Insane asylums in Bengal annual reports 1867-1875 - 1867-1875
Year: 1867
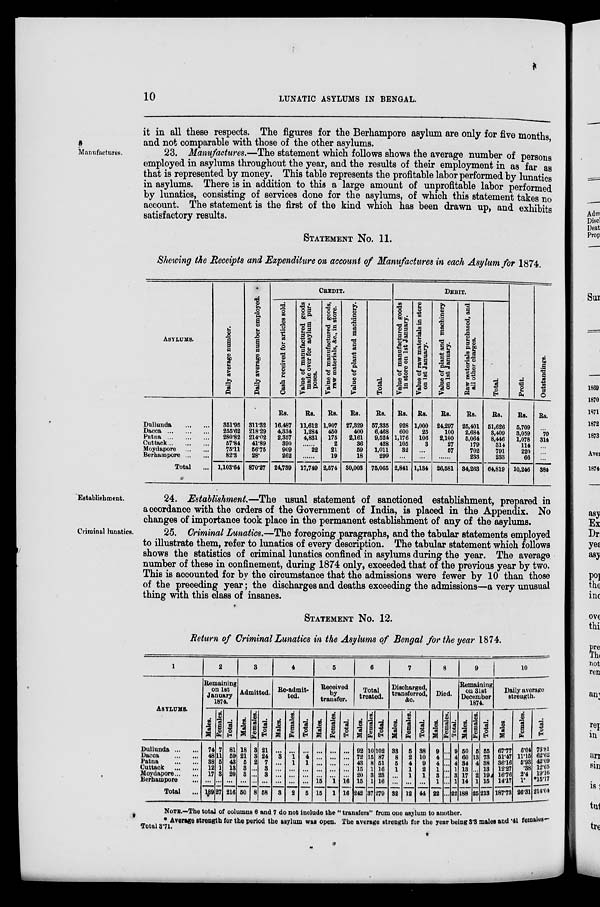
10
LUNATIC ASYLUMS IN BENGAL.
it in all these respects. The figures for the Berhampore asylum are only for five months,
and not comparable with those of the other asylums.
Manufactures.
23. Manufactures.—The statement which follows shows the average number of persons
employed in asylums throughout the year, and the results of their employment in as far as
that is represented by money. This table represents the profitable labor performed by lunatics
in asylums. There is in addition to this a large amount of unprofitable labor performed
by lunatics, consisting of services done for the asylums, of which this statement takes no
account. The statement is the first of the kind which has been drawn up, and exhibits
satisfactory results.
STATEMENT No. 11.
Shewing the Receipts and Expenditure on account of Manufactures in each Asylum for 1874.
ASYLUMS.
Dullunda
...
...
Dacca
...
...
...
Patna
...
...
...
Cuttack ... ... ...
Moydapore ...
...
Berhampore ... ...
Total ...
Daily average number.
351.95
255.62
280.82
57.84
75.11
82.3
1,103.64
Daily average number employed.
311.32
218.29
214.02
41.89
56.75
28.
870.27
CREDIT.
Cash received for articles sold.
Rs.
16,487
4,334
2,357
390
909
262
24,739
Value of manufactured goods
made over for asylum pur-
poses.
Rs.
11,612
1,284
4,831
......
22
......
17,749
Value of manufactured goods,
raw materials, &c.,
in store.
Rs.
1,907
450
175
2
21
19
2,574
Value of plant and machinery.
Rs.
27,329
400
2,161
36
59
18
30,003
Total.
Rs.
57,335
6,468
9,524
428
1,011
299
75,065
DEBIT.
Value of manufactured goods
in store on 1st January.
Rs.
928
600
1,176
105
32
...
2,841
Value of raw materials in store
on 1st January.
Rs.
1,000
25
106
3
...
...
1,134
Value of plant and machinery
on 1st January.
Rs.
24,297
100
2,100
27
57
......
26,581
Raw materials purchased, and
all other charges.
Rs.
25,401
2,684
5,064
179
702
233
34,263
Total.
Rs.
51,626
3,409
8,446
314
791
233
64,819
Pr of i t .
Rs.
5,709
3,059
1,078
114
220
66
10,246
Outstandings.
Rs.
...
70
314
...
...
...
384
Establishment.
24. Establishment.—The usual statement of sanctioned establishment, prepared in
accordance with the orders of the Government of India, is placed in the Appendix. No
changes of importance took place in the permanent establishment of any of the asylums.
Criminal lunatics.
25. Criminal Lunatics.—The foregoing paragraphs, and the tabular statements employed
to illustrate them, refer to lunatics of every description. The tabular statement which follows
shows the statistics of criminal lunatics confined in asylums during the year. The average
number of these in confinement, during 1874 only, exceeded that of the previous year by two.
This is accounted for by the circumstance that the admissions were fewer by 10 than those
of the preceding year; the discharges and deaths exceeding the admissions—a very unusual
thing with this class of insanes.
STATEMENT No. 12.
Return of Criminal Lunatics in the Asylums of Bengal for the year 1874.
1
ASYLUMS.
Dullunda ... ...
Dacca
...
...
Patna ...
...
Cuttack ...
...
Moydapore ... ...
Berhampore ...
Total ...
2
Remaining
on 1st
January
1874.
Males.
74
48
38
12
17
...
189
Females.
7
11
5
1
3
...
27
Total.
81
59
43
13
20
...
216
3
Admitted.
Males.
18
21
5
3
3
...
50
Females.
3
3
2
...
...
...
8
Total.
21
24
7
3
3
...
58
4
Re-admit-
ted.
Males.
...
3
...
...
...
...
3
Females.
...
1
1
...
...
...
2
Total.
...
4
1
...
...
...
5
5
Received
by
transfer.
Males.
...
...
...
...
...
15
15
Females.
...
...
...
...
...
1
1
Total.
...
...
...
...
...
16
16
6
Total
treated.
Males.
92
72
43
15
20
15
242
Females.
10
15
8
1
3
1
37
Total.
102
87
51
16
23
16
279
7
Discharged,
transferred,
&c.
Males.
33
8
5
1
...
...
32
Females.
5
2
4
1
1
...
12
Total.
38
10
9
2
1
...
44
8
Died.
Males.
9
4
4
1
3
1
22
Females.
...
...
...
...
...
...
...
Total.
9
4
4
1
3
1
22
9
Remaining
on 31st
December
1874.
Males.
50
60
34
13
17
14
188
Females.
5
13
4
...
2
1
25
Total.
55
73
38
13
19
15
213
10
Daily average
strength.
Males.
67.77
51.47
36.16
12.27
16.76
14.17
187.73
Females.
6.04
11.15
5.93
.38
2.4
1.
26.31
Total.
73.81
62.62
42.09
12.65
19.16
*15.17
214.04
NOTE.—The total of columns 6 and 7 do not include the " transfers" from one asylum to another.
* Average strength for the period the asylum was open. The average strength for the year being 3.3 males and .41 females—
Total 3.71.